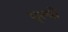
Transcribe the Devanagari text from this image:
भृत्यो